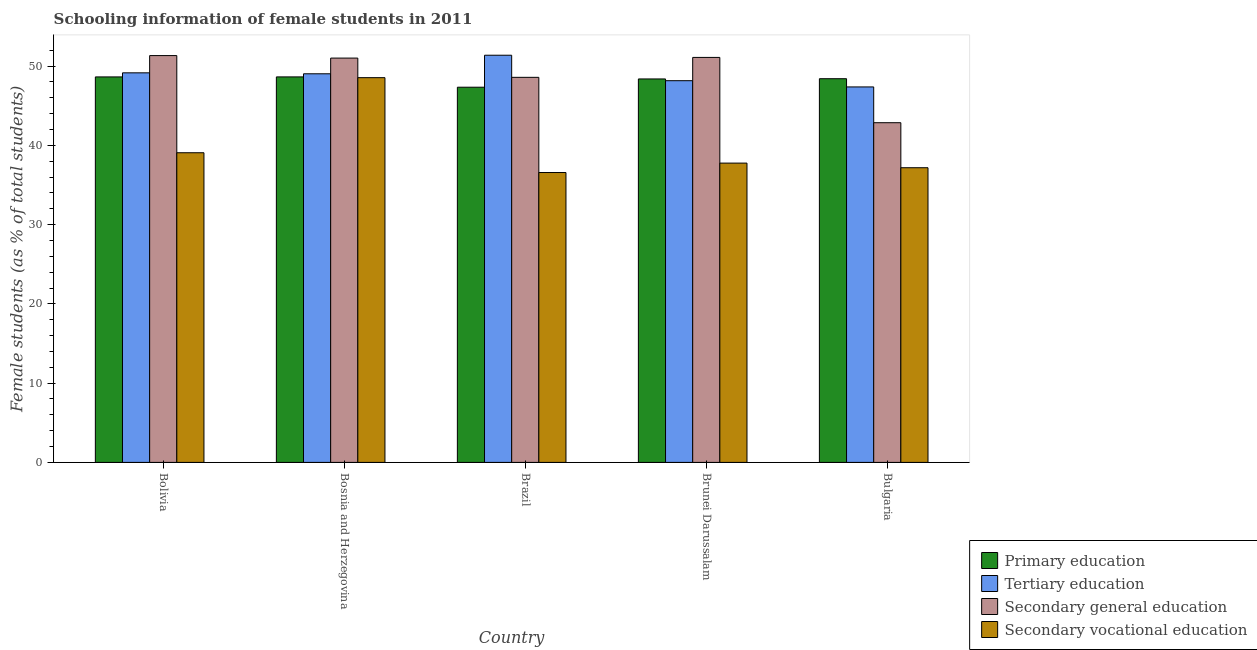
| Country | Primary education | Tertiary education | Secondary general education | Secondary vocational education |
 | --- | --- | --- | --- | --- |
 | Bolivia | 48.6 | 49.1 | 51.3 | 39.1 |
 | Bosnia and Herzegovina | 48.6 | 49 | 51 | 48.5 |
 | Brazil | 47.3 | 51.4 | 48.6 | 36.6 |
 | Brunei Darussalam | 48.4 | 48.2 | 51.1 | 37.8 |
 | Bulgaria | 48.4 | 47.4 | 42.9 | 37.2 |